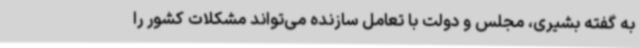
به گفته بشیری، مجلس و دولت با تعامل سازنده می‌تواند مشکلات کشور را